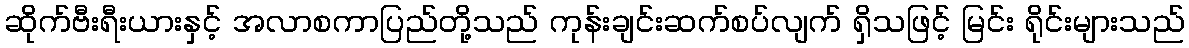
ဆိုက်ဗီးရီးယားနှင့် အလာစကာပြည်တို့သည် ကုန်းချင်းဆက်စပ်လျက် ရှိသဖြင့် မြင်း ရိုင်းများသည်